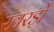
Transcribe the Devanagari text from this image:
खरड़ों